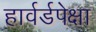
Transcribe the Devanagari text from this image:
हार्वर्डपेक्षा